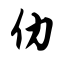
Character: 仂